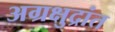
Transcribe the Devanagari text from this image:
अग्रक्षुद्रांत